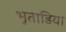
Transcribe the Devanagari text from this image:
भुताडिया